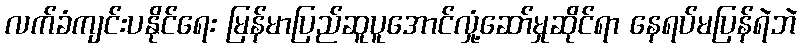
လက်ခံကျင်းပနိုင်ရေး မြန်မာပြည်ဆူပူအောင်လှုံ့ဆော်မှုဆိုင်ရာ နေရပ်မပြန်ရဲဘဲ